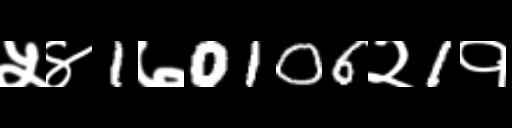
Text: ५४1७0106२1१